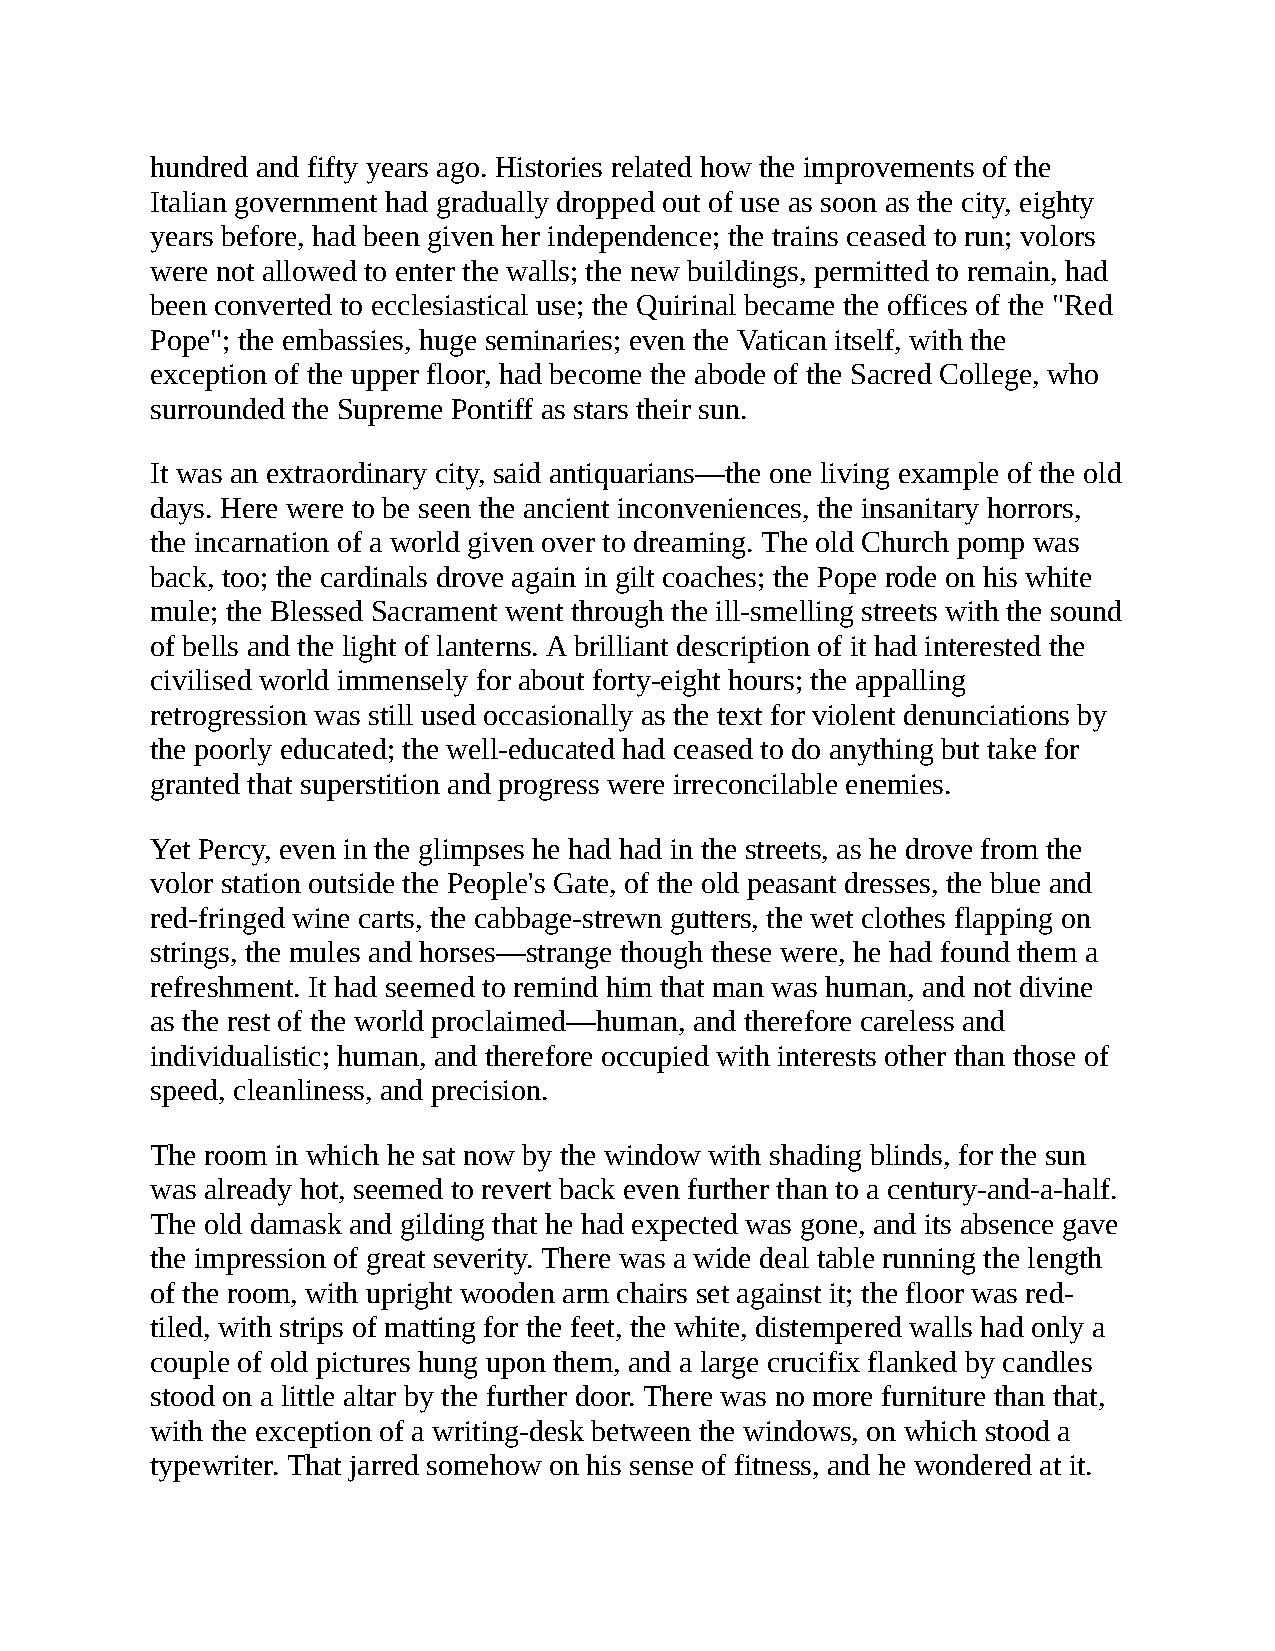
hundred and fifty years ago. Histories related how the improvements of the
 Italian government had gradually dropped out of use as soon as the city, eighty
 years before, had been given her independence; the trains ceased to run; volors
 were not allowed to enter the walls; the new buildings, permitted to remain, had
 been converted to ecclesiastical use; the Quirinal became the offices of the "Red
 Pope"; the embassies, huge seminaries; even the Vatican itself, with the
 exception of the upper floor, had become the abode of the Sacred College, who
 surrounded the Supreme Pontiff as stars their sun.
 It was an extraordinary city, said antiquarians—the one living example of the old
 days. Here were to be seen the ancient inconveniences, the insanitary horrors,
 the incarnation of a world given over to dreaming. The old Church pomp was
 back, too; the cardinals drove again in gilt coaches; the Pope rode on his white
 mule; the Blessed Sacrament went through the ill-smelling streets with the sound
 of bells and the light of lanterns. A brilliant description of it had interested the
 civilised world immensely for about forty-eight hours; the appalling
 retrogression was still used occasionally as the text for violent denunciations by
 the poorly educated; the well-educated had ceased to do anything but take for
 granted that superstition and progress were irreconcilable enemies.
 Yet Percy, even in the glimpses he had had in the streets, as he drove from the
 volor station outside the People's Gate, of the old peasant dresses, the blue and
 red-fringed wine carts, the cabbage-strewn gutters, the wet clothes flapping on
 strings, the mules and horses—strange though these were, he had found them a
 refreshment. It had seemed to remind him that man was human, and not divine
 as the rest of the world proclaimed—human, and therefore careless and
 individualistic; human, and therefore occupied with interests other than those of
 speed, cleanliness, and precision.
 The room in which he sat now by the window with shading blinds, for the sun
 was already hot, seemed to revert back even further than to a century-and-a-half.
 The old damask and gilding that he had expected was gone, and its absence gave
 the impression of great severity. There was a wide deal table running the length
 of the room, with upright wooden arm chairs set against it; the floor was red-
 tiled, with strips of matting for the feet, the white, distempered walls had only a
 couple of old pictures hung upon them, and a large crucifix flanked by candles
 stood on a little altar by the further door. There was no more furniture than that,
 with the exception of a writing-desk between the windows, on which stood a
 typewriter. That jarred somehow on his sense of fitness, and he wondered at it.